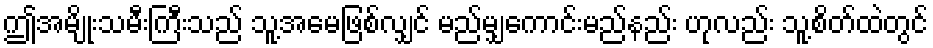
ဤအမျိုးသမီးကြီးသည် သူ့အမေဖြစ်လျှင် မည်မျှကောင်းမည်နည်း ဟုလည်း သူ့စိတ်ထဲတွင်